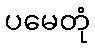
ပမေတုံ